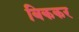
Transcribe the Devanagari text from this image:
बिककर